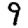
Digit: 9